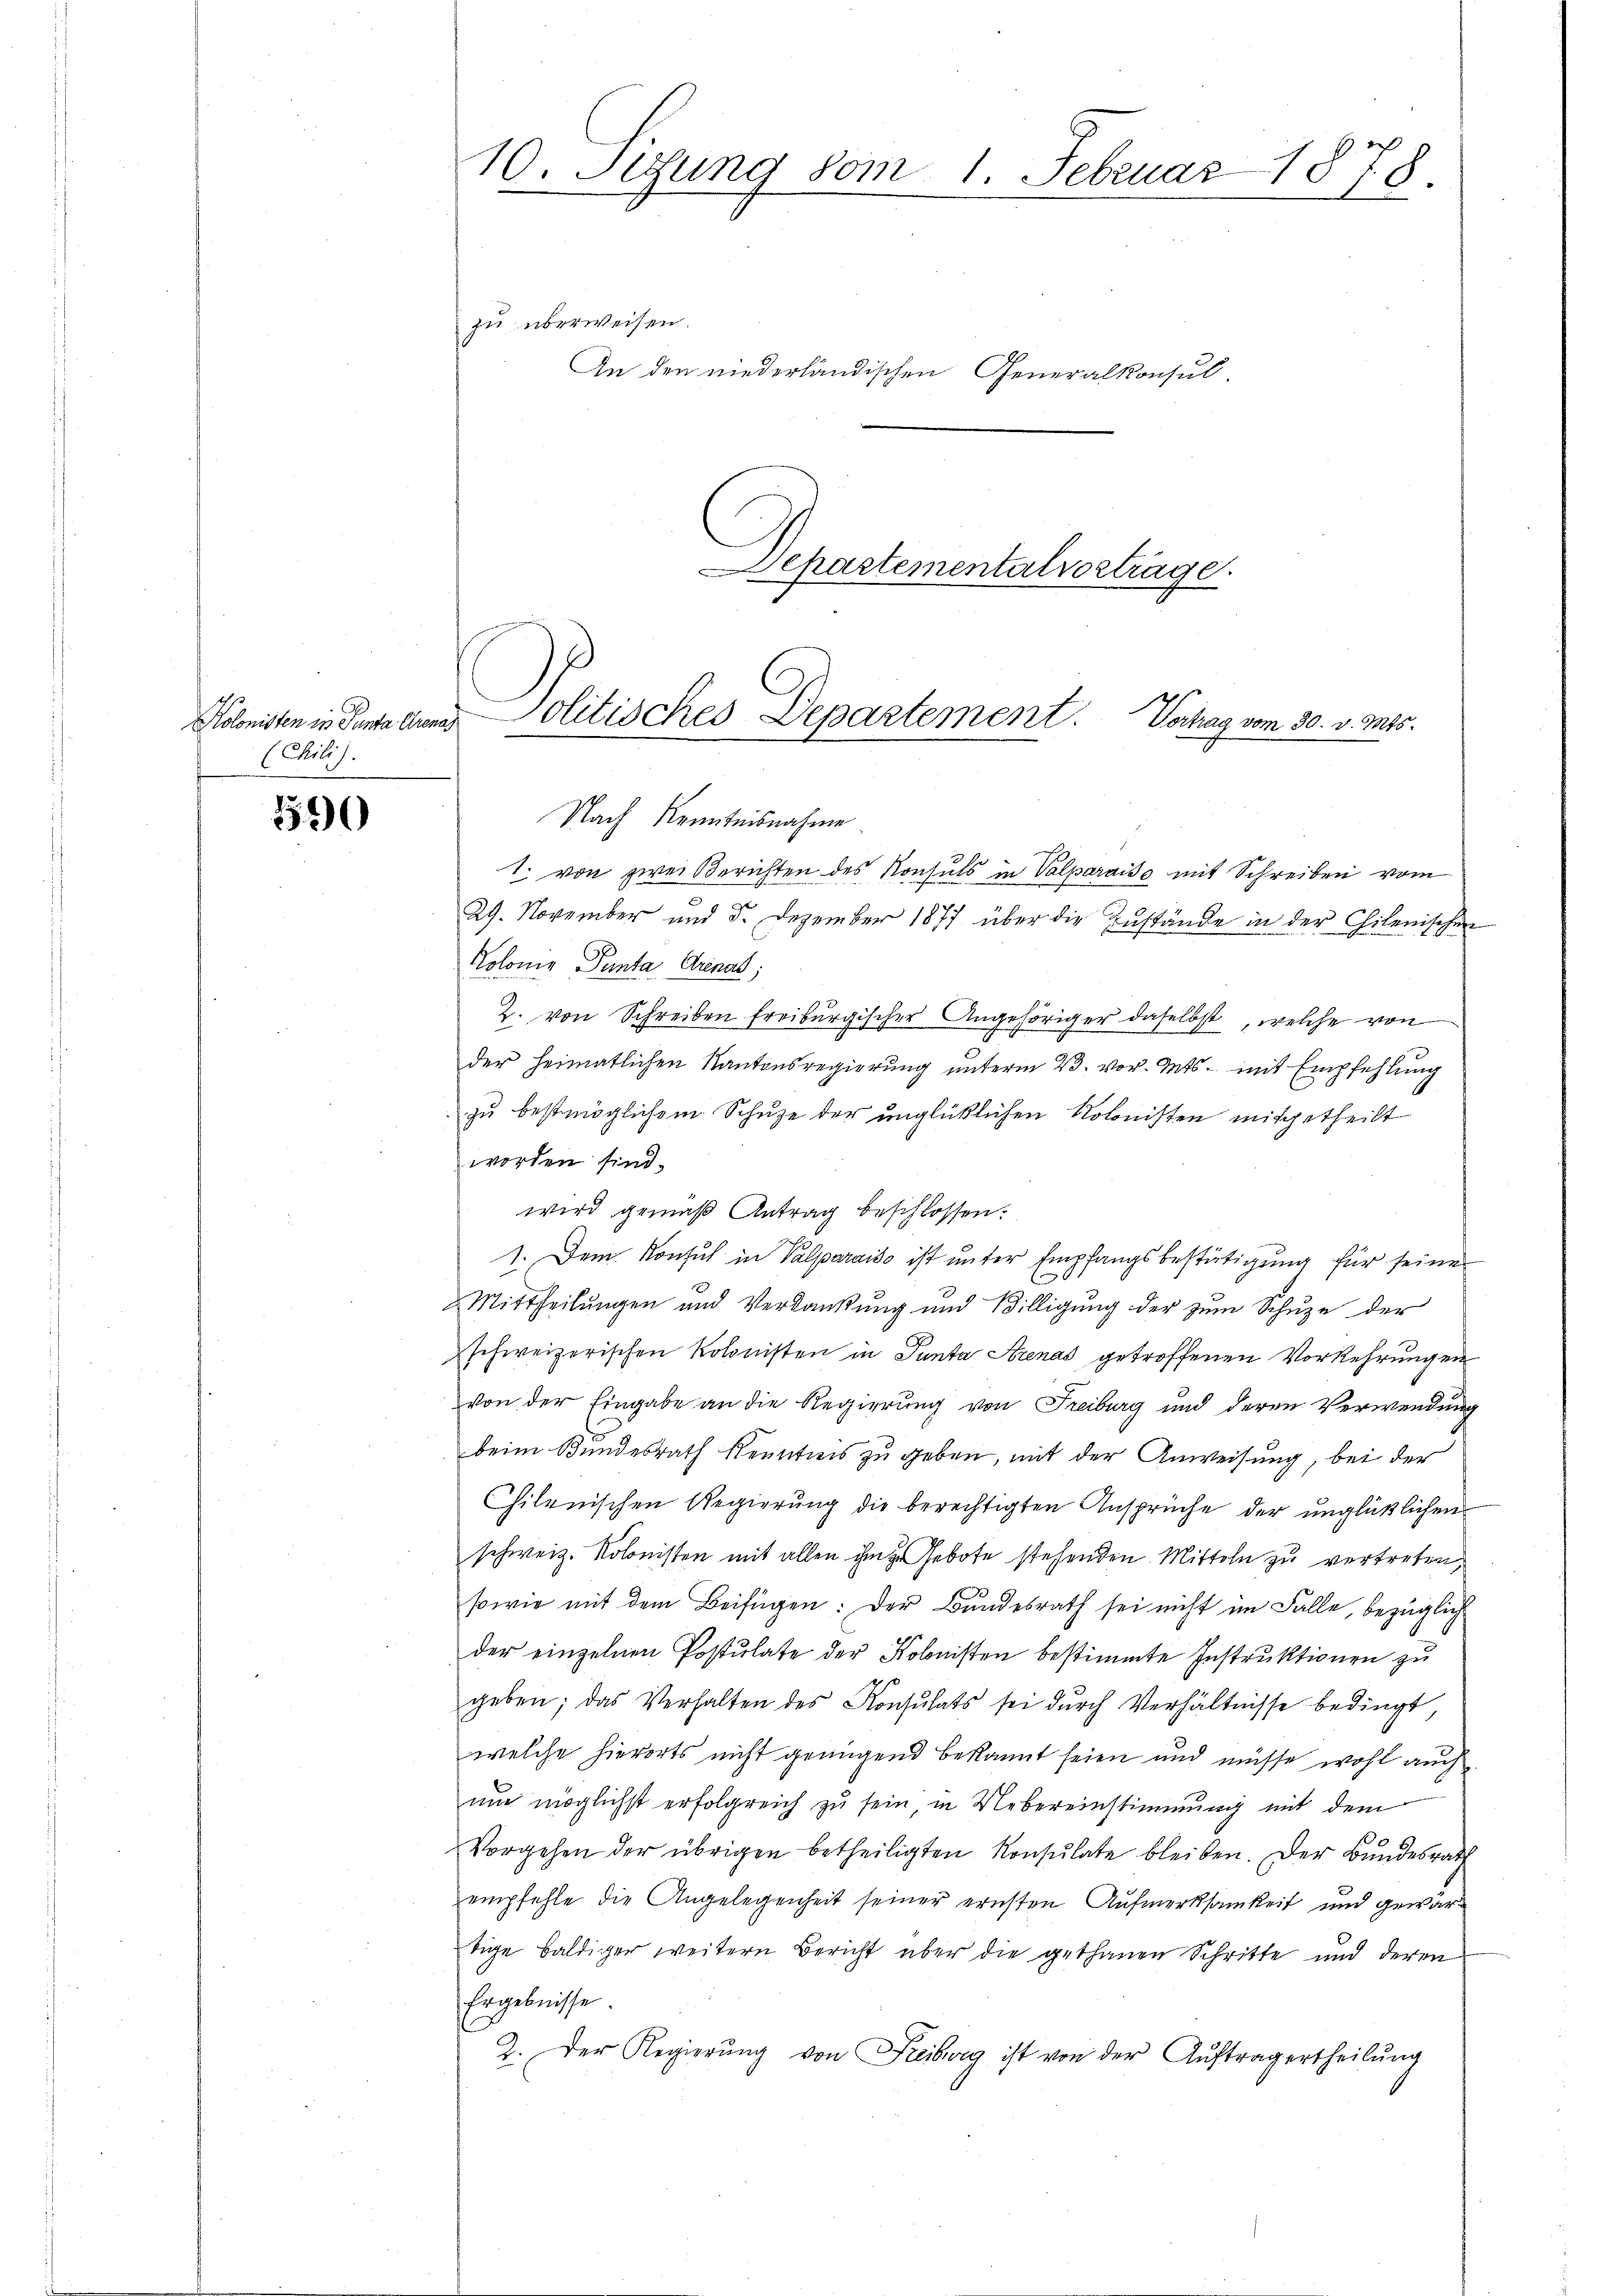
(Chili).

1590

10. Setzung vom 1. Februar 1878.
zu überweisen.
An den niederländischen Generalkonsul-

Nach Kenntnisnahme
1. von zwei Berichten des Konsuls in Valparaiss mit Schreiben vom
29. November und 5. Dezember 1877 über die Zustände in der Chilenischen
Holonie Panta, Arenat,
2. von Schreiben freiburgischer Angehöriger daselbst, welche von
der heimatlichen Kantonsregierung unterm 23. vor. Mts. mit Empfehlung
zu bestmöglichem Schuze der unglücklichen Kolonisten mitgetheilt
worden sind.
wird gemäß Antrag beschlossen:
1. Dem Konsul in Valparaiso ist unter Empfangsbestürtigung für seine
Mittheilungen und Verdankung und Billigung der zum Schuze der
schweizerischen Kolonisten in Panta Arenas getroffenen Vorkehrungen
von der Eingabe an die Regierung von Freiburg und deren Verwendung
beim Bundesrath Kenntnis zu geben, mit der Anweisung, bei der
Chilenischen Regierŭng die berechtigten Ansprüche der ŭnglüklichen
schweiz. Kolonisten mit allen ihm zu Gebote stehenden Mitteln zu vertreten,
sowie mit dem Beifügen: Der Bundesrath sei nicht im Falle, bezüglich
der einzelnen Postulate der Kolonisten bestimmte Instruktionen zu
geben; das Verhalten des Konsulats sei dŭrch Verhältnisse bedingt
welche hierorts nicht genügend bekannt seien und müsse wohl auch
un möglichst erfolgreich zu sein, in Uebereinstimmung mit dem
Vorgehen der übrigen betheiligten Konsulate bleiben. Der Bŭndesrath
empfehle die Angelegenheit seiner ernsten Aufmerksamkeit und gewärtige baldiger weitern Bericht über die gethanen Schritte und deren
Ergebnisse.
2. Der Regierŭng von Freiburg ist von der Auftragertheilung

Departementalvestiage.
Höbnisten in denenen Politisches Departement. Vorlag vom 30. v. Mts.